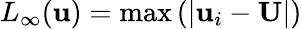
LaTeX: L_{\infty}(\mathbf{u})=\mathrm{max}\left(|\mathbf{u}_{i}-\mathbf{U}|\right)